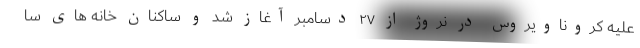
علیه کروناویروس در نروژ از ۲۷ دسامبر آغاز شد و ساکنان خانه های سا